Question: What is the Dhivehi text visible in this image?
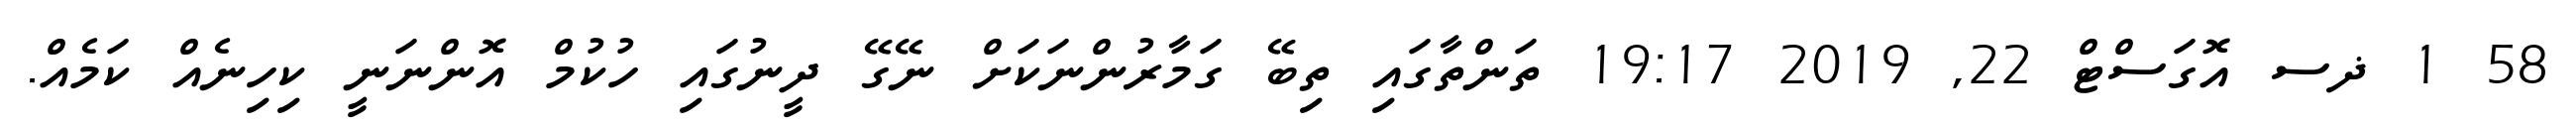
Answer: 58 1 ޛސ އޮގަސްޓް 22, 2019 19:17 ތަންތާގައި ތިބޭ ގަމާރުންނަކަށް ނޭގޭ ދީނުގައި ހުކުމް އޮންނަނީ ކިހިނެއް ކަމެއް.